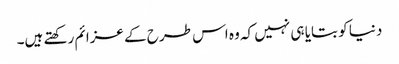
دنیا کو بتایا ہی نہیں کہ وہ اس طرح کے عزائم رکھتے ہیں۔